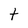
Character: t